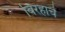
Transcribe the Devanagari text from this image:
विरहाचे